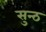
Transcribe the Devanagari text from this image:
सुन्ठ